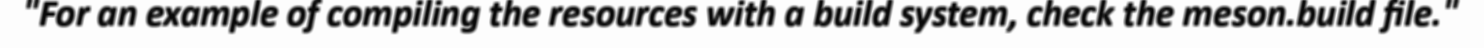
"For an example of compiling the resources with a build system, check the meson.build file."